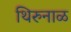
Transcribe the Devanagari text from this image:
थिरुनाळ